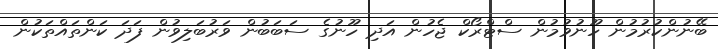
ބޭނުންކުރުމުން ހޫނުވުމުން ސްޓްރޯކް ޖެހުން އަދި ހޫނުގެ ސަބަބުން ވަރުބަލިވުން ފަދަ ކަންތައްތަކުން